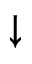
\downarrow